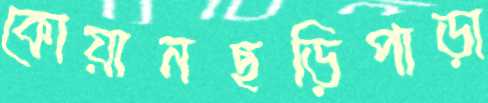
কোয়ানছড়িপাড়া